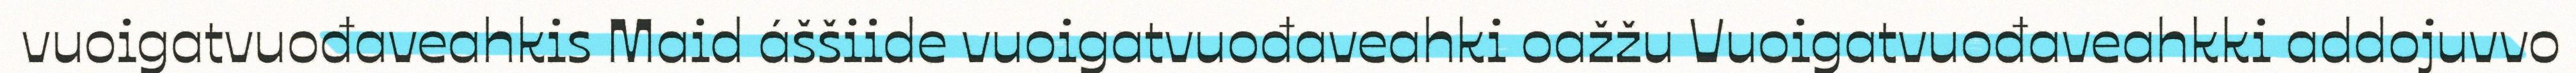
vuoigatvuođaveahkis Maid áššiide vuoigatvuođaveahki oažžu Vuoigatvuođaveahkki addojuvvo